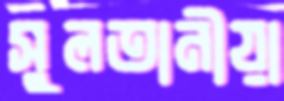
সুলতানীয়া